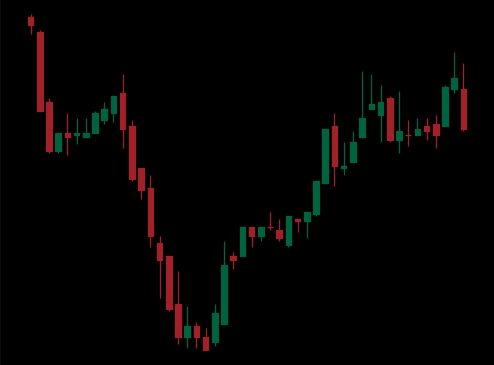
Pattern: inverse_head_shoulders